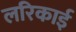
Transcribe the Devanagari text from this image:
लरिकाई